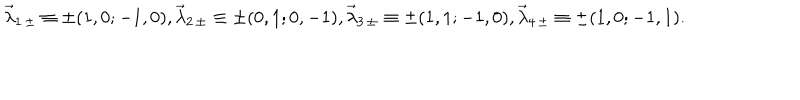
LaTeX: { \vec { \lambda } } _ { 1 \, \pm } \equiv \pm ( 1 , 0 ; - 1 , 0 ) , { \vec { \lambda } } _ { 2 \, \pm } \equiv \pm ( 0 , 1 ; 0 , - 1 ) , { \vec { \lambda } } _ { 3 \, \pm } \equiv \pm ( 1 , 1 ; - 1 , 0 ) , { \vec { \lambda } } _ { 4 \, \pm } \equiv \pm ( 1 , 0 ; - 1 , 1 ) .